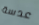
عدسة